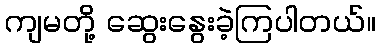
ကျမတို့ ဆွေးနွေးခဲ့ကြပါတယ်။